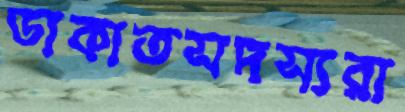
ডাকাতসদস্যরা